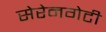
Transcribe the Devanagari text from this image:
सेरेनगेटी